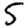
Digit: 5